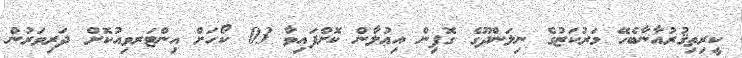
ކީރިތިޤުރުއާނާބެހޭ މަރުކަޒުގެ ނިލަންދޫގެ ގޮފިން އިޢުލާން ކޮށްފައިވާ 03 ކޯހަށް އިންޓަރވިއުކޮށް ދަރިވަރުން